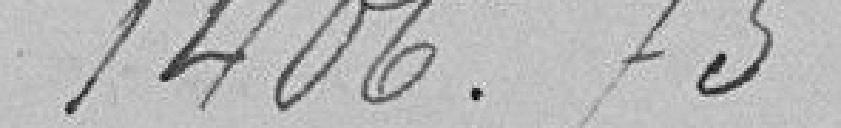
1406,75